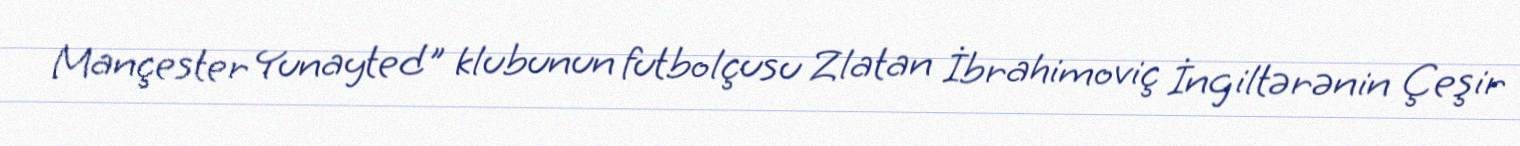
Mançester Yunayted" klubunun futbolçusu Zlatan İbrahimoviç İngiltərənin Çeşir